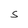
Character: S